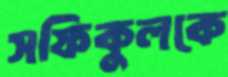
সফিকুলকে